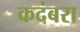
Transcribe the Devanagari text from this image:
कदंबरा